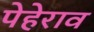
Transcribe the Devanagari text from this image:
पेहेराव